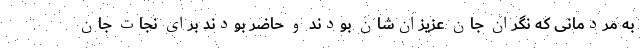
به مردمانی که نگران جان عزیزان‌شان بودند و حاضر بودند برای نجات جان